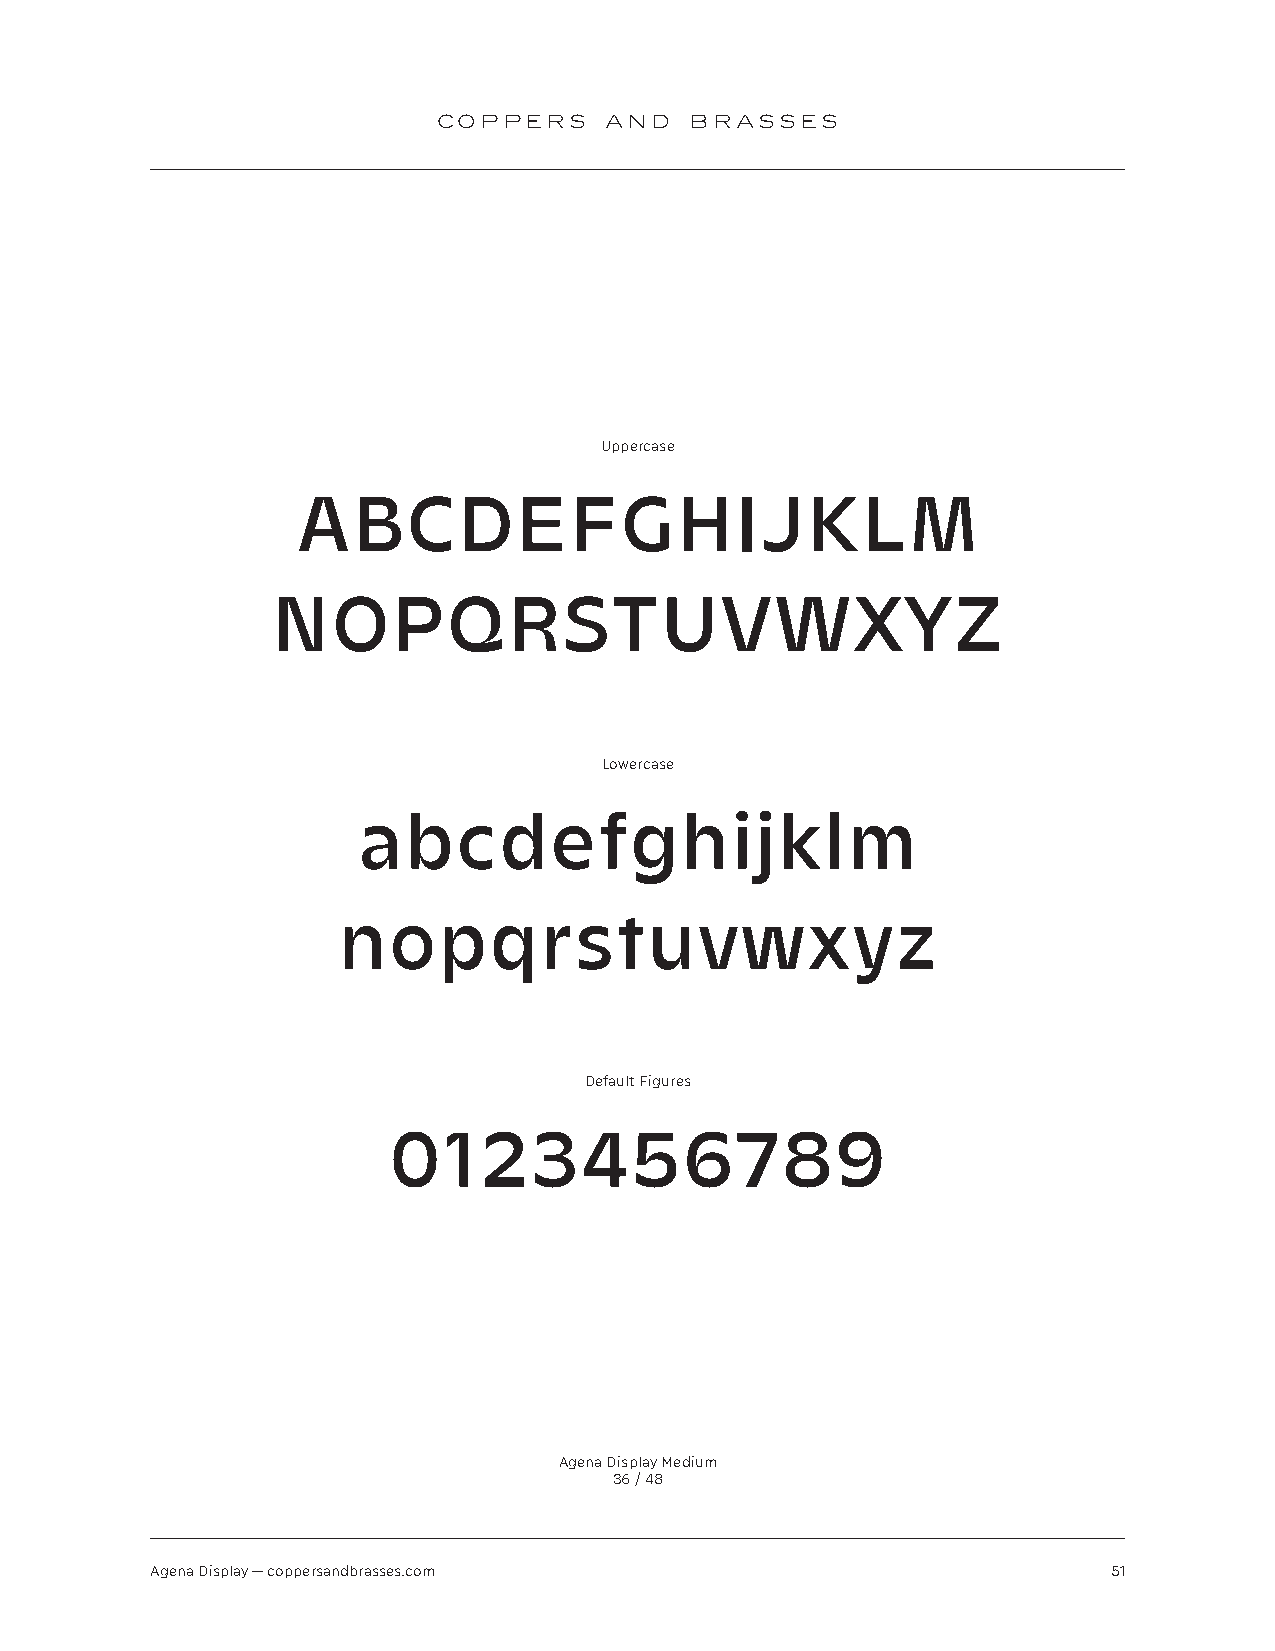
COPPERS    AND   BRASSES
 Uppercase
 ABCDEFGHIJKLM
 NOPQRSTUVWXYZ
 Lowercase
 abcdefghijklm
 nopqrstuvwxyz
 Default Figures
 0123456789
 Agena Display Medium
 36 / 48
 Agena Display — coppersandbrasses.com                           51